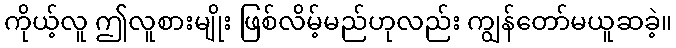
ကိုယ့်လူ ဤလူစားမျိုး ဖြစ်လိမ့်မည်ဟုလည်း ကျွန်တော်မယူဆခဲ့။